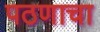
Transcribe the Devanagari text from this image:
पठणाचा